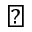
\blacktriangle